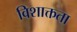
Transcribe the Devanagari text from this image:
विशाक्तता